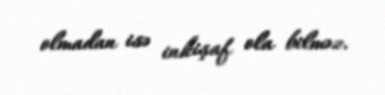
olmadan isə inkişaf ola bilməz.